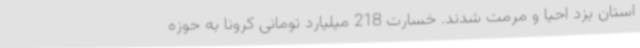
استان یزد احیا و مرمت شدند. خسارت 218 میلیارد تومانی کرونا به حوزه